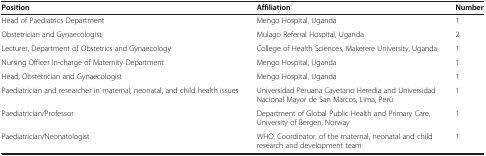
| Position | Affiliation | Number |
 | --- | --- | --- |
 | Head of Paediatrics Department | Mengo Hospital, Uganda | 1 |
 | Obstetrician and Gynaecologist | Mulago Referral Hospital, Uganda | 2 |
 | Lecturer, Department of Obstetrics and Gynaecology | College of Health Sciences, Makerere University, Uganda | 1 |
 | Nursing Officer In-charge of Maternity Department | Mengo Hospital, Uganda | 1 |
 | Head, Obstetrician and Gynaecologist | Mengo Hospital, Uganda | 1 |
 | Paediatrician and researcher in maternal, neonatal, and child health issues | Universidad Peruana Cayetano Heredia and Universidad Nacional Mayor de San Marcos, Lima, Perú | 1 |
 | Paediatrician/Professor | Department of Global Public Health and Primary Care, University of Bergen, Norway | 1 |
 | Paediatrician/Neonatologist | WHO, Coordinator, of the maternal, neonatal and child research and development team | 1 |